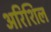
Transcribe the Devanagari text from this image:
अरिशिल